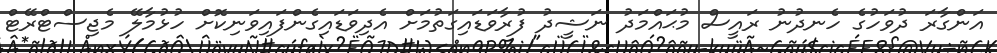
އަންގާރަ ދުވަހުގެ ހެނދުނު ރައީސް މުޙައްމަދު ނަޝީދު ފުރާވަޑައިގަތުމަށް އެދިވަޑައިގެންފައިވަނިކޮށް ހުޅުމާލޭ މެޖިސްޓްރޭޓް